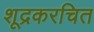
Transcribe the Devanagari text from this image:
शूद्रकरचित